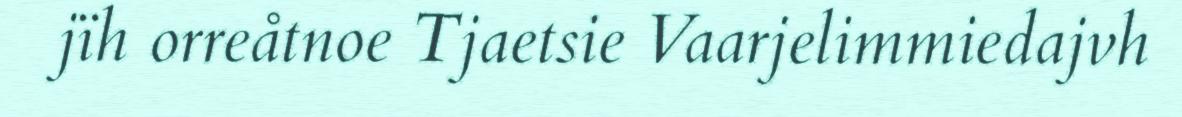
jïh orreåtnoe Tjaetsie Vaarjelimmiedajvh